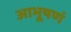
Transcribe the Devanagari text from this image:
आभूषणं